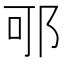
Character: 𨚩